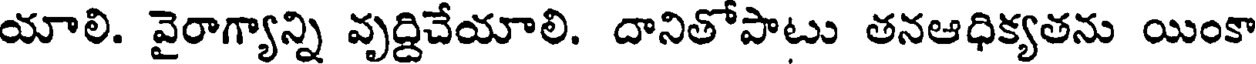
యాలి. వైరాగ్యాన్ని వృద్దిచేయాలి. దానితోపాటు తనఆధిక్యతను యింకా